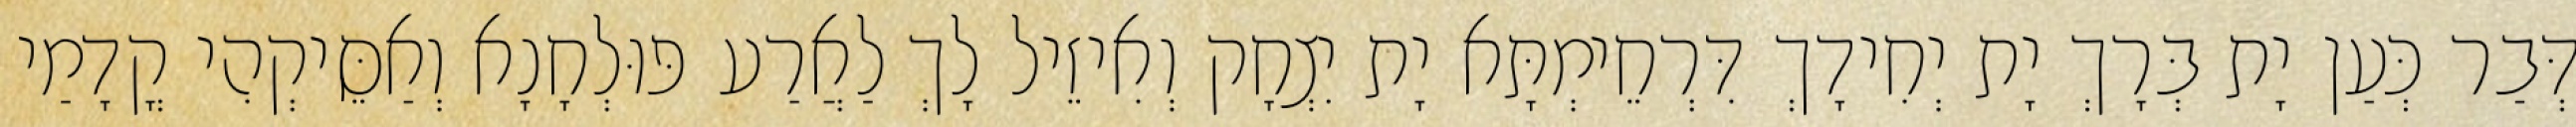
דְּבַר כְּעַן יָת בְּרָךְ יָת יְחִידָךְ דִּרְחֵימְתָּא יָת יִצְחָק וְאִיזֵיל לָךְ לַאֲרַע פּוּלְחָנָא וְאַסֵּיקְהִי קֳדָמַי